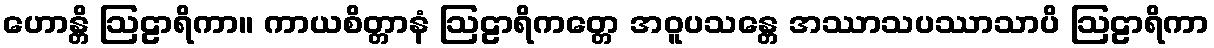
ဟောန္တိ ဩဠာရိကာ။ ကာယစိတ္တာနံ ဩဠာရိကတ္တေ အဝူပသန္တေ အဿာသပဿာသာပိ ဩဠာရိကာ